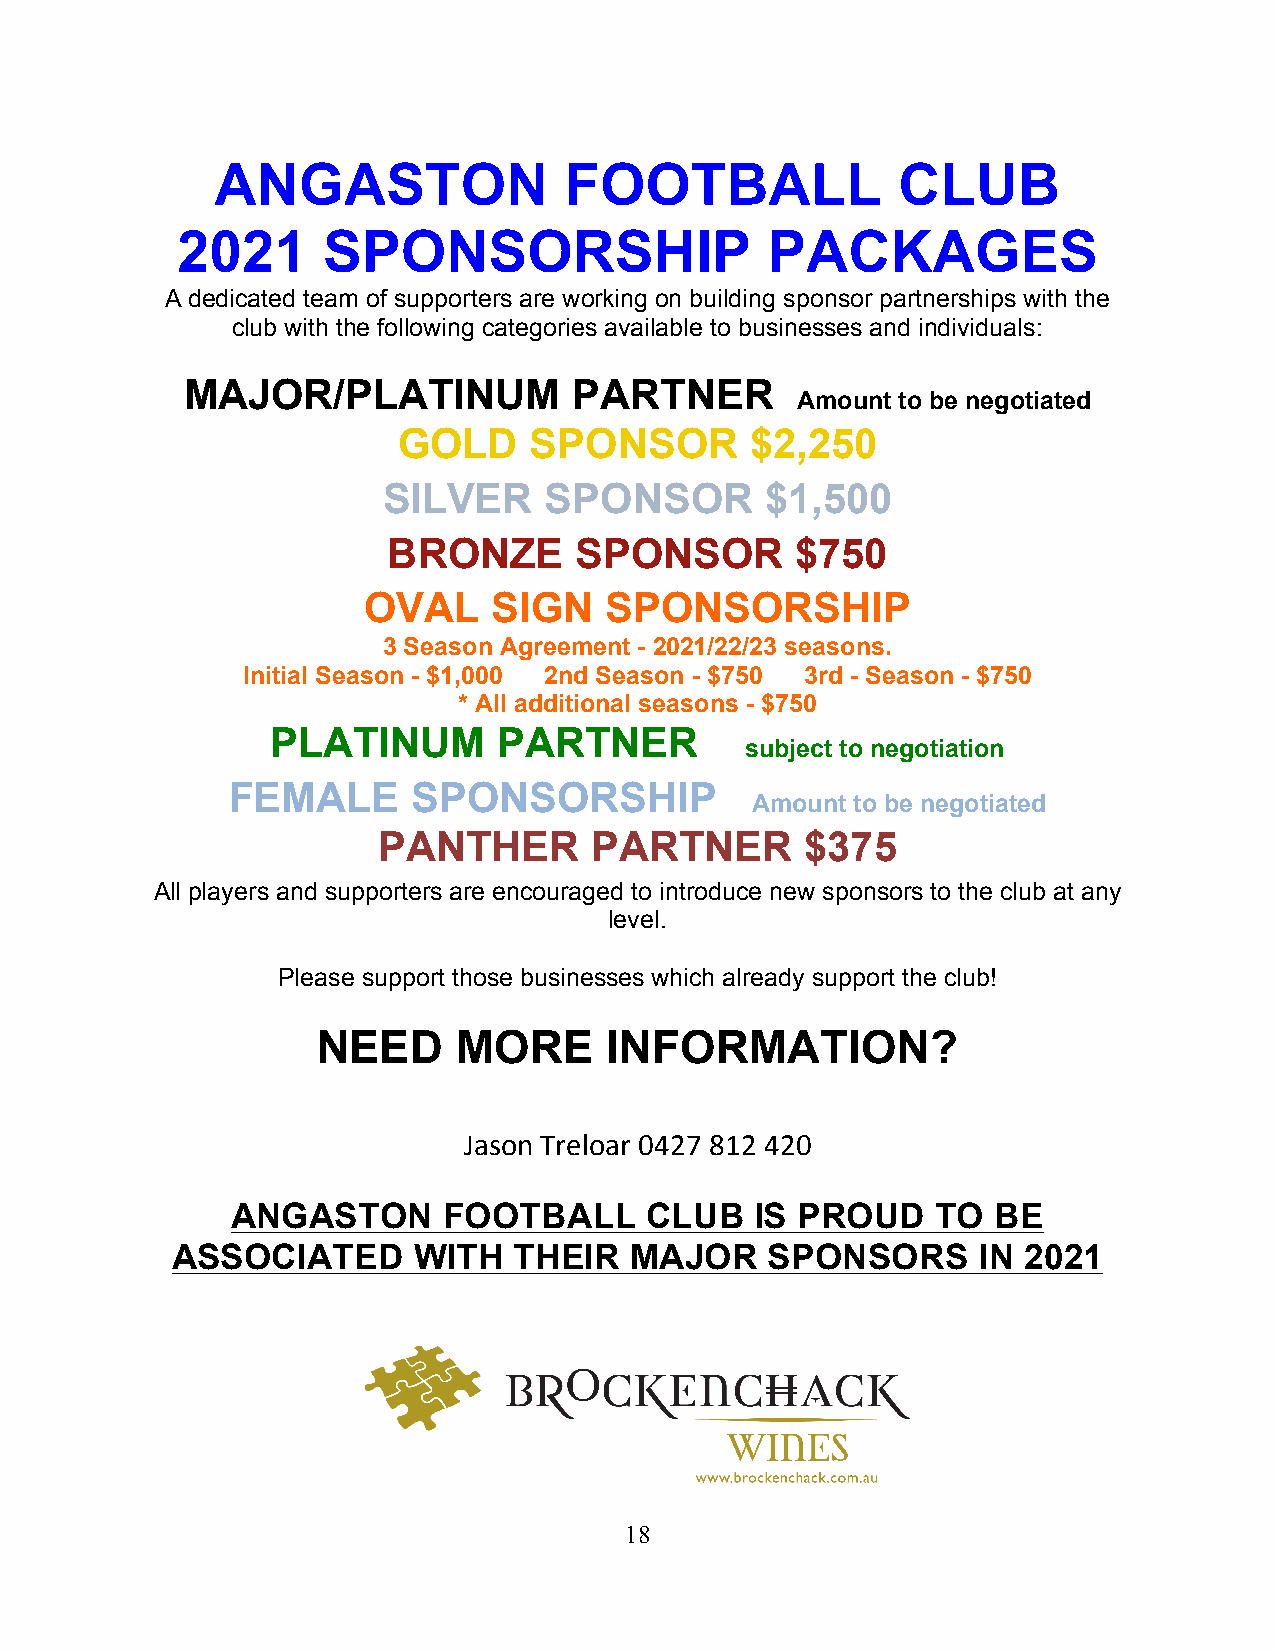
ANGASTON               FOOTBALL              CLUB
 2021     SPONSORSHIP                   PACKAGES
 A dedicated team of supporters are working on building sponsor partnerships with the
 club with the following categories available to businesses and individuals:
 MAJOR/PLATINUM            PARTNER
 Amount to be negotiated
 GOLD     SPONSOR        $2,250
 SILVER     SPONSOR        $1,500
 BRONZE      SPONSOR        $750
 OVAL     SIGN   SPONSORSHIP
 3 Season Agreement - 2021/22/23 seasons.
 Initial Season - $1,000 2nd Season - $750 3rd - Season - $750
 * All additional seasons - $750
 PLATINUM       PARTNER
 subject to negotiation
 FEMALE      SPONSORSHIP
 Amount to be negotiated
 PANTHER       PARTNER       $375
 All players and supporters are encouraged to introduce new sponsors to the club at any
 level.
 Please support those businesses which already support the club!
 NEED     MORE      INFORMATION?
 Jason Treloar 0427 812 420
 ANGASTON      FOOTBALL      CLUB   IS PROUD    TO  BE
 ASSOCIATED      WITH   THEIR   MAJOR    SPONSORS      IN 2021
 1 8